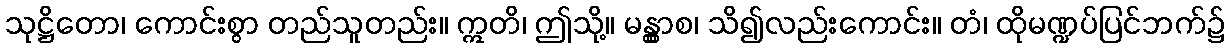
သုဋ္ဌိတော၊ ကောင်းစွာ တည်သူတည်း။ ဣတိ၊ ဤသို့။ မန္တွာစ၊ သိ၍လည်းကောင်း။ တံ၊ ထိုမဏ္ဍပ်ပြင်ဘက်၌